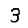
Digit: 3